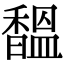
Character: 馧